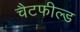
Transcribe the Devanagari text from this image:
चैटफील्ड